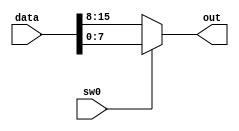
module muxHCSR04(sw0, data, out);
input wire sw0;
input wire [15:0] data;
output wire [7:0] out;

assign out = (!sw0)? data[15:8] : data[7:0];

endmodule